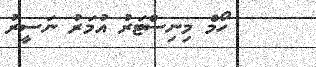
ހޯމް މިނިސްޓަރު އުމަރު ނަސީރު